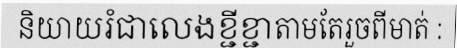
និយាយរំជាលេងខ្ជីខ្ជាតាមតែរួចពីមាត់ :